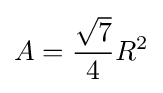
A={\frac {\sqrt {7}}{4}}R^{2}